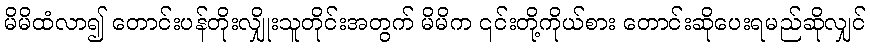
မိမိထံလာ၍ တောင်းပန်တိုးလျှိုးသူတိုင်းအတွက် မိမိက ၎င်းတို့ကိုယ်စား တောင်းဆိုပေးရမည်ဆိုလျှင်